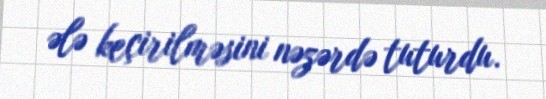
ələ keçirilməsini nəzərdə tuturdu.